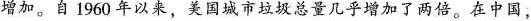
增加。自1960年以美国城市垃圾总量几乎增加了两倍。在中国，